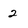
Character: 2